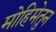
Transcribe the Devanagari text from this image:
मोहिमेतुन